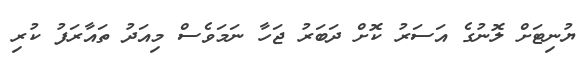
ޔުނިޓަށް ލޮނުގެ އަސަރު ކޮށް ދަބަރު ޖަހާ ނަމަވެސް މިއަދު ތައާރަފު ކުރި